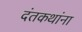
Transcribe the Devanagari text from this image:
दंतकथांना